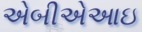
એબીએઆઇ